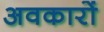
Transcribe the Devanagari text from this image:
अवकारों